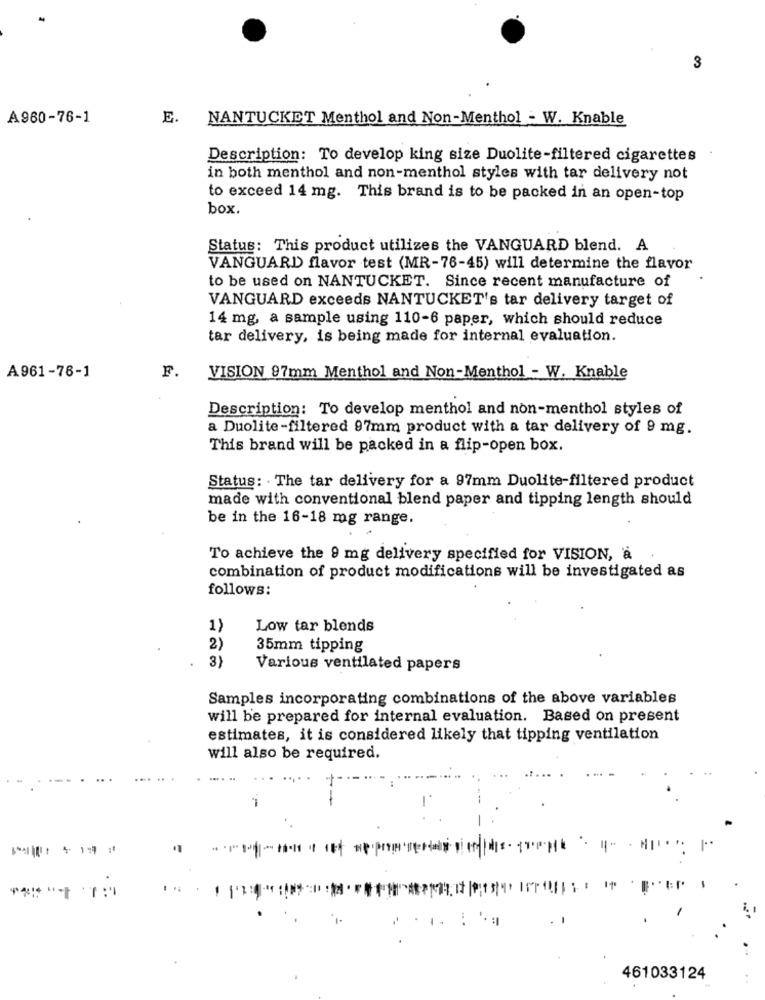
3
A960-76-1
E.
NANTUCKET Menthol and Non-Menthol - W. Knable
Description: To develop king size Duolite-filtered cigarettes
in both menthol and non-menthol styles with tar delivery not
to exceed 14 mg. This brand is to be packed in an open-top
box.
Status: This product utilizes the VANGUARD blend. A
VANGUARD flavor test (MR-76-45) will determine the flavor
to be used on NANTUCKET. Since recent manufacture of
VANGUARD exceeds NANTUCKET's tar delivery target of
14 mg, a sample using 110-6 paper, which should reduce
tar delivery, is being made for internal evaluation.
F.
A961-76-1
VISION 97mm Menthol and Non-Menthol - W. Knable
Description: To develop menthol and non-menthol styles of
a Duolite-filtered 97mm product with a tar delivery of 9 mg.
This brand will be packed in a flip-open box.
Status: The tar delivery for a 97mm Duolite-filtered product
made with conventional blend paper and tipping length should
be in the 16-18 mg range.
To achieve the 9 mg delivery specified for VISION, à
combination of product modifications will be investigated as
follows:
1)
Low tar blends
2)
35mm tipping
3)
Various ventilated papers
Samples incorporating combinations of the above variables
will be prepared for internal evaluation. Based on present
estimates, it is considered likely that tipping ventilation
will also be required.
... .
461033124